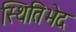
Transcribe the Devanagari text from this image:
स्थितिभेद